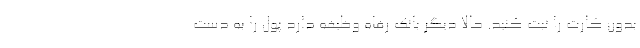
بدون کارت را ثبت کنید. حالا دیگر بانک رفاه وظیفه دارد پول را به دست